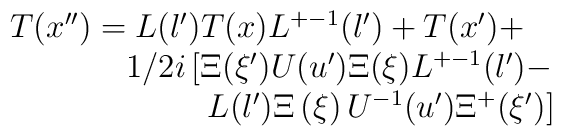
\begin{array}{l}T(x^{\prime \prime }) = L(l^{\prime })T(x)L^{+-1}(l^{\prime }) +T(x^{\prime }) +\\\phantom{T(x^{\prime \prime }) = } 1/2i\left[\Xi(\xi^{\prime})U(u^{\prime })\Xi (\xi)L^{+-1}(l^{\prime }) - \right.\\\phantom{T(x^{\prime \prime }) = asdf}\left. L(l^{\prime })\Xi \left( \xi \right)U^{-1}(u^{\prime })\Xi ^{+}(\xi ^{\prime })\right]\end{array}